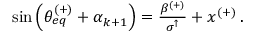
\begin{array} { r } { \sin \left( \theta _ { e q } ^ { ( + ) } + \alpha _ { k + 1 } \right) = \frac { \beta ^ { ( + ) } } { \sigma ^ { \uparrow } } + x ^ { ( + ) } \, . } \end{array}